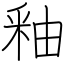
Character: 釉